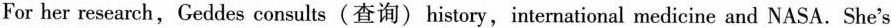
For her research,Geddes consults(查询)history,international medicine and NASA. She's